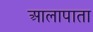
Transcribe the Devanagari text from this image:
आलापाता